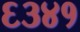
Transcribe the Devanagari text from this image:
६३४१